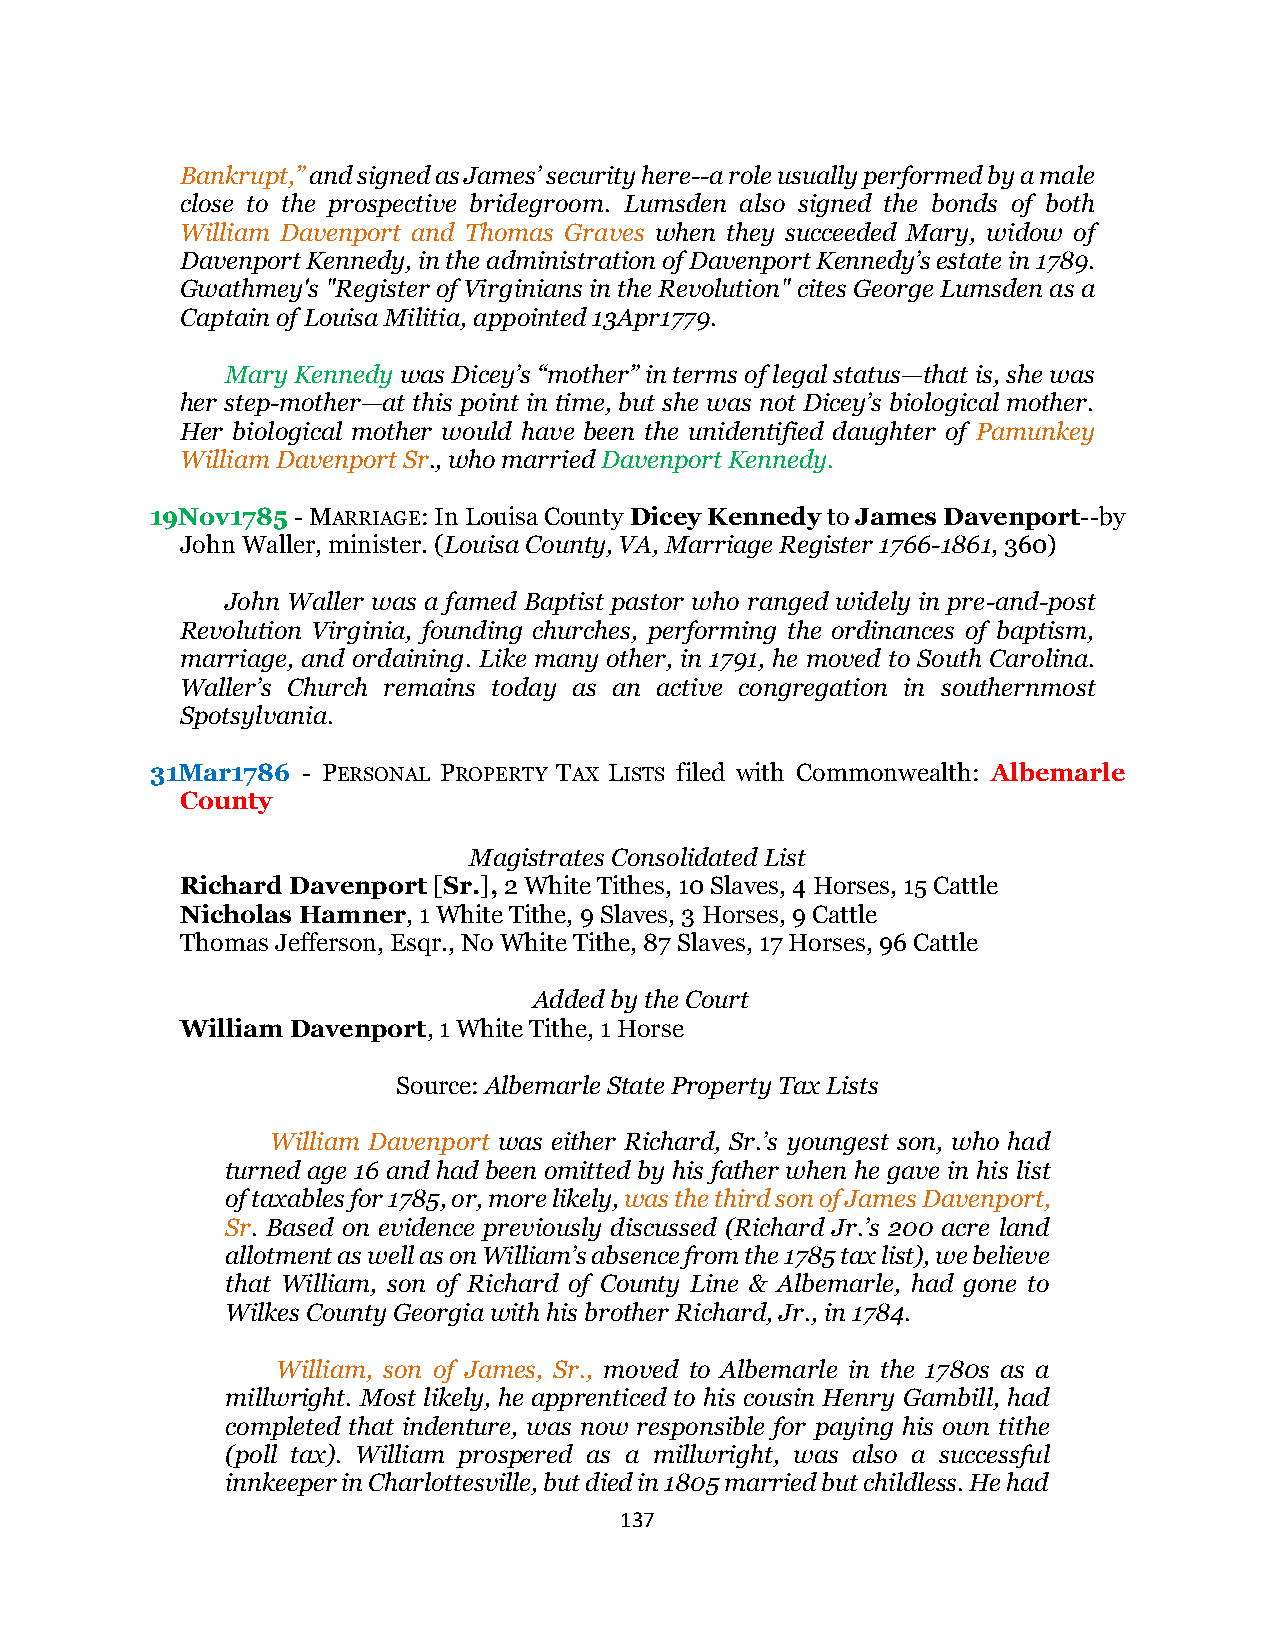
Bankrupt,” and signed as James’ security here--a role usually performed by a male
 close to the prospective bridegroom. Lumsden also signed the bonds of both
 William Davenport and Thomas Graves when they succeeded Mary, widow of
 Davenport Kennedy, in the administration of Davenport Kennedy’s estate in 1789.
 Gwathmey's "Register of Virginians in the Revolution" cites George Lumsden as a
 Captain of Louisa Militia, appointed 13Apr1779.
 Mary Kennedy was Dicey’s “mother” in terms of legal status—that is, she was
 her step-mother—at this point in time, but she was not Dicey’s biological mother.
 Her biological mother would have been the unidentified daughter of Pamunkey
 William Davenport Sr., who married Davenport Kennedy.
 19Nov1785 - MARRIAGE: In Louisa County Dicey Kennedy to James Davenport--by
 John Waller, minister. (Louisa County, VA, Marriage Register 1766-1861, 360)
 John Waller was a famed Baptist pastor who ranged widely in pre-and-post
 Revolution Virginia, founding churches, performing the ordinances of baptism,
 marriage, and ordaining. Like many other, in 1791, he moved to South Carolina.
 Waller’s Church remains today as an active congregation in southernmost
 Spotsylvania.
 31Mar1786 - PERSONAL PROPERTY TAX LISTS filed with Commonwealth: Albemarle
 County
 Magistrates Consolidated List
 Richard Davenport [Sr.], 2 White Tithes, 10 Slaves, 4 Horses, 15 Cattle
 Nicholas Hamner, 1 White Tithe, 9 Slaves, 3 Horses, 9 Cattle
 Thomas Jefferson, Esqr., No White Tithe, 87 Slaves, 17 Horses, 96 Cattle
 Added by the Court
 William Davenport, 1 White Tithe, 1 Horse
 Source: Albemarle State Property Tax Lists
 William Davenport was either Richard, Sr.’s youngest son, who had
 turned age 16 and had been omitted by his father when he gave in his list
 of taxables for 1785, or, more likely, was the third son of James Davenport,
 Sr. Based on evidence previously discussed (Richard Jr.’s 200 acre land
 allotment as well as on William’s absence from the 1785 tax list), we believe
 that William, son of Richard of County Line & Albemarle, had gone to
 Wilkes County Georgia with his brother Richard, Jr., in 1784.
 William, son of James, Sr., moved to Albemarle in the 1780s as a
 millwright. Most likely, he apprenticed to his cousin Henry Gambill, had
 completed that indenture, was now responsible for paying his own tithe
 (poll tax). William prospered as a millwright, was also a successful
 innkeeper in Charlottesville, but died in 1805 married but childless. He had
 137